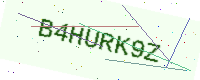
Text: B4HURK9Z